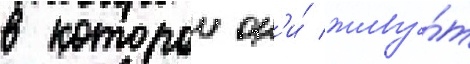
в которои он'и́ живу́т